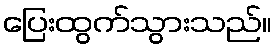
ပြေးထွက်သွားသည်။